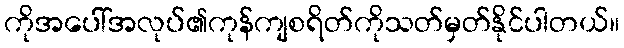
ကိုအပေါ်အလုပ်၏ကုန်ကျစရိတ်ကိုသတ်မှတ်နိုင်ပါတယ်။